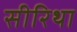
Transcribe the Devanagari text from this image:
सीरिथा